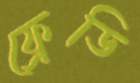
ফ্রেডি